Scottish Leaving Certificate Examination, 1955
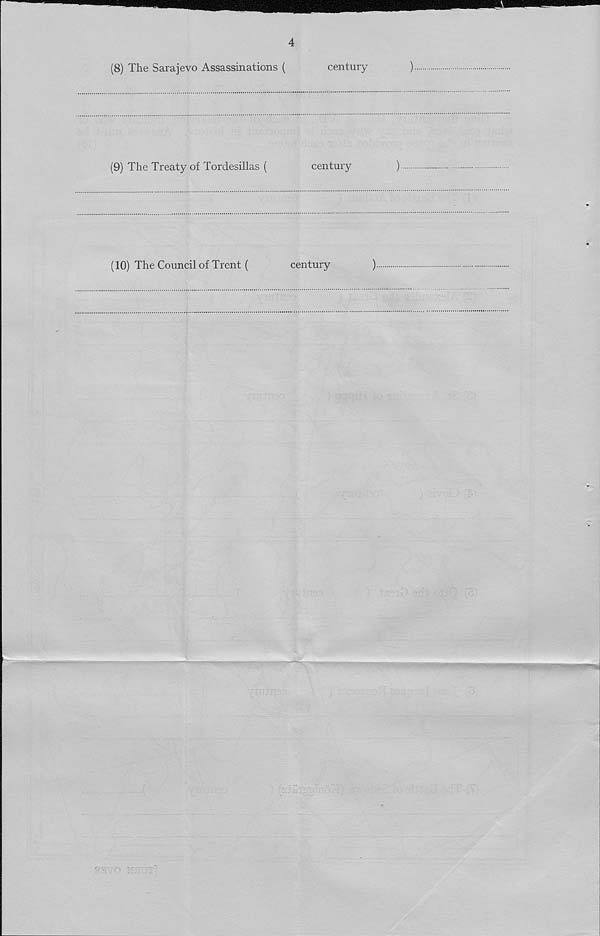
4
(8) The Sarajevo Assassinations (
century
)
(9) The Treaty of Tordesillas (
century
)
(10) The Council of Trent (
century
)